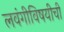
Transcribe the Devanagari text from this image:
लवंगीविषयीची